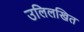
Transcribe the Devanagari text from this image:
उलिलखित